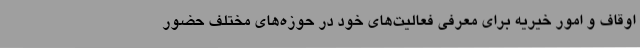
اوقاف و امور خیریه برای معرفی فعالیت‌های خود در حوزه‌های مختلف حضور